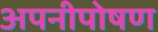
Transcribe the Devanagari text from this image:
अपनीपोषण